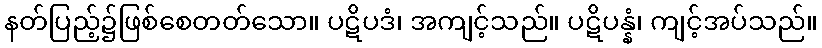
နတ်ပြည့်၌ဖြစ်စေတတ်သော။ ပဋိပဒံ၊ အကျင့်သည်။ ပဋိပန္နံ၊ ကျင့်အပ်သည်။